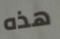
هذه